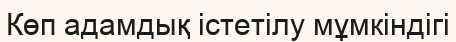
Көп адамдық іcтетілу мұмкіндігі